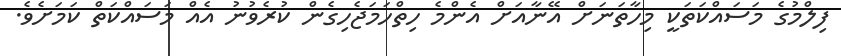
ފިލްމުގެ މަސައްކަތަކީ މިހާތަނަށް އޭނާއަށް އެންމެ ހިތްހަމަޖެހިގެން ކުރެވުނު އެއް މަސައްކަތް ކަމަށެވެ.